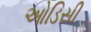
ઓડિસી